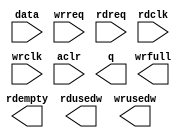
module fifo_4k (
	data,
	wrreq,
	rdreq,
	rdclk,
	wrclk,
	aclr,
	q,
	rdempty,
	rdusedw,
	wrfull,
	wrusedw)/* synthesis synthesis_clearbox = 1 */;

	input	[15:0]  data;
	input	  wrreq;
	input	  rdreq;
	input	  rdclk;
	input	  wrclk;
	input	  aclr;
	output	[15:0]  q;
	output	  rdempty;
	output	[11:0]  rdusedw;
	output	  wrfull;
	output	[11:0]  wrusedw;

endmodule